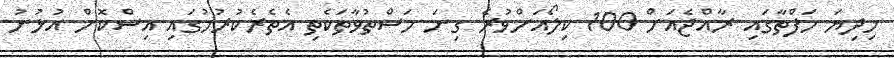
މިދިޔަ ހަފްތާގައި ރާއްޖެއަށް 100 ކިލޯއަށްވުރެ ގިނަ މަސްތުވާތަކެތި އެތެރެކުރުމުގައި އިސްކޮށް އުޅުނު